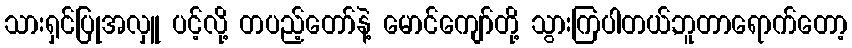
သားရှင်ပြုအလှူ ပင့်လို့ တပည့်တော်နဲ့ မောင်ကျော်တို့ သွားကြပါတယ်,ဘူတာရောက်တော့